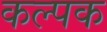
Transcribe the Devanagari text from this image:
कल्‍पक